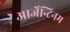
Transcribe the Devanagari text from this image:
आर्जेन्टिनम